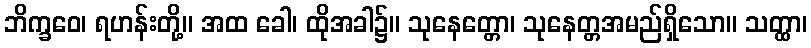
ဘိက္ခဝေ၊ ရဟန်းတို့။ အထ ခေါ၊ ထိုအခါ၌။ သုနေတ္တော၊ သုနေတ္တအမည်ရှိသော။ သတ္ထာ၊